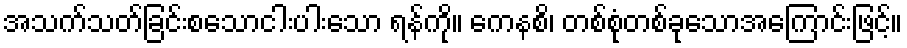
အသက်သတ်ခြင်းစသောငါးပါးသော ရန်ကို။ ကေနစိ၊ တစ်စုံတစ်ခုသောအကြောင်းဖြင့်။